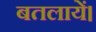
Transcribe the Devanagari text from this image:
बतलायें।